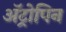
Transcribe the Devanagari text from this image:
अॅट्रोपिन